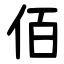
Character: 佰